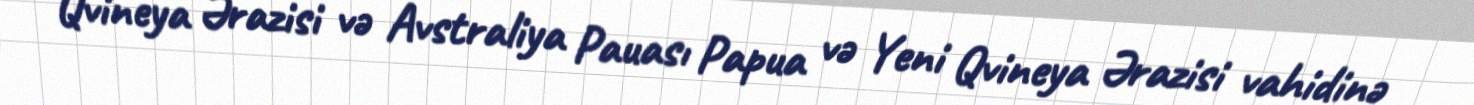
Qvineya Ərazisi və Avstraliya Pauası Papua və Yeni Qvineya Ərazisi vahidinə